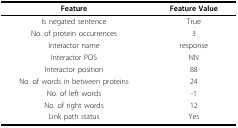
<table><thead><tr><td><b>Feature</b></td><td><b>Feature Value</b></td></tr></thead><tbody><tr><td>Is negated sentence</td><td>True</td></tr><tr><td>No. of protein occurrences</td><td>3</td></tr><tr><td>Interactor name</td><td>response</td></tr><tr><td>Interactor POS</td><td>NN</td></tr><tr><td>Interactor position</td><td>88</td></tr><tr><td>No. of words in between proteins</td><td>24</td></tr><tr><td>No. of left words</td><td>-1</td></tr><tr><td>No. of right words</td><td>12</td></tr><tr><td>Link path status</td><td>Yes</td></tr></tbody></table>